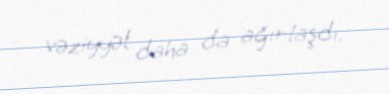
vəziyyət daha da ağırlaşdı.